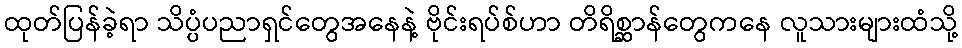
ထုတ်ပြန်ခဲ့ရာ သိပ္ပံပညာရှင်တွေအနေနဲ့ ဗိုင်းရပ်စ်ဟာ တိရိစ္ဆာန်တွေကနေ လူသားများထံသို့